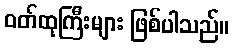
ဝတ်ထုကြီးများ ဖြစ်ပါသည်။